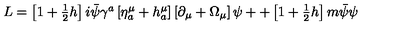
\begin{array} { c } { L = \left[ 1 + \frac 1 2 h \right] i \bar { \psi } \gamma ^ { a } \left[ \eta _ { a } ^ { \mu } + h _ { a } ^ { \mu } \right] \left[ \partial _ { \mu } + \Omega _ { \mu } \right] \psi + + \left[ 1 + \frac 1 2 h \right] m \bar { \psi } \psi } \\ \end{array}